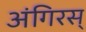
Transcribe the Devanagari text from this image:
अंगिरस्‌